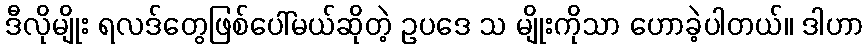
ဒီလိုမျိုး ရလဒ်တွေဖြစ်ပေါ်မယ်ဆိုတဲ့ ဥပဒေ သ မျိုးကိုသာ ဟောခဲ့ပါတယ်။ ဒါဟာ